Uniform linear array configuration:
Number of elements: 8
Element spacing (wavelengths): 0.25
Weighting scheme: kaiser
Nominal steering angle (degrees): -60
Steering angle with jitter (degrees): -58.869
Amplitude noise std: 0.05
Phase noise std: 0.05

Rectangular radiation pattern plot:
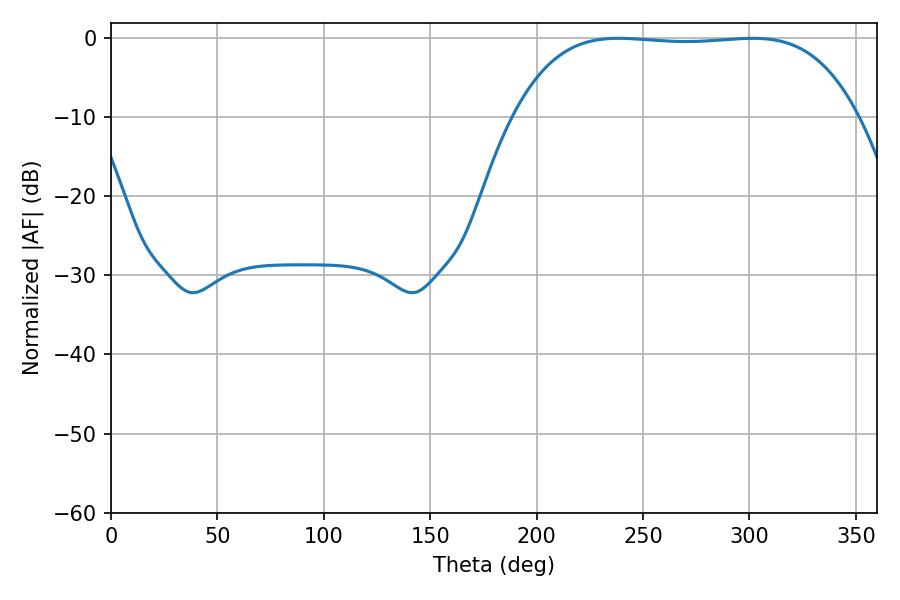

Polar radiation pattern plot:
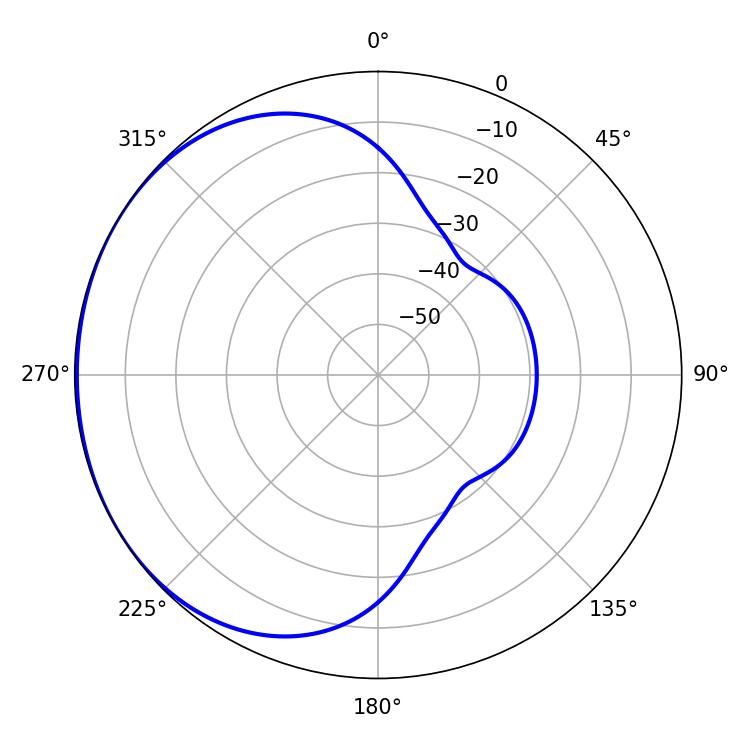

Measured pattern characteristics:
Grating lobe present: FALSE
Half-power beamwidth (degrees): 126
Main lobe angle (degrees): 238.5